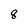
Character: 8